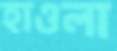
হাওলা